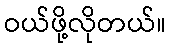
ဝယ်ဖို့လိုတယ်။